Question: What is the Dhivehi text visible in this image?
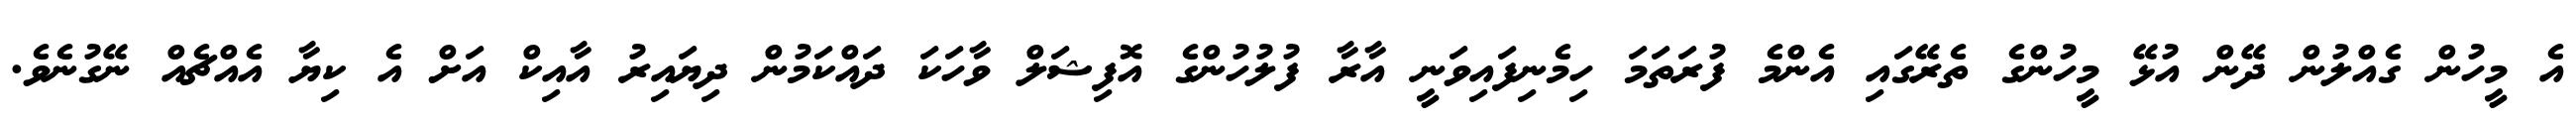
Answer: އެ މީހުން ގެއްލުން ދޭން އުޅޭ މީހުންގެ ތެރޭގައި އެންމެ ފުރަތަމަ ހިމެނިފައިވަނީ އާރާ ފުލުހުންގެ އޮފިޝަލް ވާހަކަ ދައްކަމުން ދިޔައިރު އާއިކް އަށް އެ ކިޔާ އެއްޗެއް ނޭގުނެވެ.